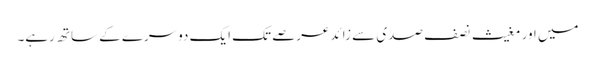
میں اور مغیث نصف صدی سے زائد عرصے تک ایک دوسرے کے ساتھ رہے۔